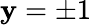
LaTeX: \mathbf{y}=\pm1